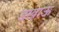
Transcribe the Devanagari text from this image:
डखाऊ